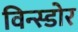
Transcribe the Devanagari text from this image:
विन्स्डोर